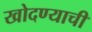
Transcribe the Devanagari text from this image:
खोदण्याची